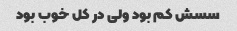
سسش کم بود ولی در کل خوب بود